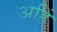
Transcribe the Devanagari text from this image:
अहिं